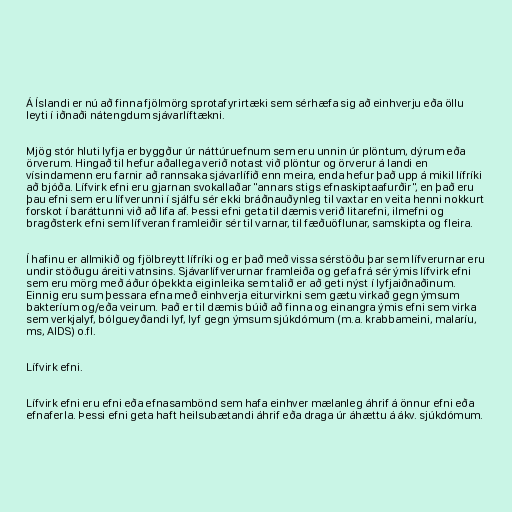
Á Íslandi er nú að finna fjölmörg sprotafyrirtæki sem sérhæfa sig að einhverju eða öllu
leyti í iðnaði nátengdum sjávarlíftækni.

Mjög stór hluti lyfja er byggður úr náttúruefnum sem eru unnin úr plöntum, dýrum eða
örverum. Hingað til hefur aðallega verið notast við plöntur og örverur á landi en
vísindamenn eru farnir að rannsaka sjávarlífið enn meira, enda hefur það upp á mikil lífríki
að bjóða. Lífvirk efni eru gjarnan svokallaðar "annars stigs efnaskiptaafurðir", en það eru
þau efni sem eru lífverunni í sjálfu sér ekki bráðnauðynleg til vaxtar en veita henni nokkurt
forskot í baráttunni við að lifa af. Þessi efni geta til dæmis verið litarefni, ilmefni og
bragðsterk efni sem lífveran framleiðir sér til varnar, til fæðuöflunar, samskipta og fleira.

Í hafinu er allmikið og fjölbreytt lífríki og er það með vissa sérstöðu þar sem lífverurnar eru
undir stöðugu áreiti vatnsins. Sjávarlífverurnar framleiða og gefa frá sér ýmis lífvirk efni
sem eru mörg með áður óþekkta eiginleika sem talið er að geti nýst í lyfjaiðnaðinum.
Einnig eru sum þessara efna með einhverja eiturvirkni sem gætu virkað gegn ýmsum
bakteríum og/eða veirum. Það er til dæmis búið að finna og einangra ýmis efni sem virka
sem verkjalyf, bólgueyðandi lyf, lyf gegn ýmsum sjúkdómum (m.a. krabbameini, malaríu,
ms, AIDS) o.fl.

Lífvirk efni.

Lífvirk efni eru efni eða efnasambönd sem hafa einhver mælanleg áhrif á önnur efni eða
efnaferla. Þessi efni geta haft heilsubætandi áhrif eða draga úr áhættu á ákv. sjúkdómum.